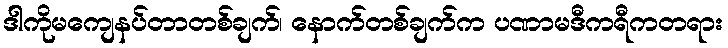
ဒါကိုမကျေနပ်တာတစ်ချက်၊ နောက်တစ်ချက်က ပဏာမဒီကရီကတရား